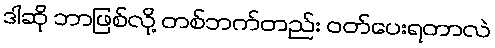
ဒါဆို ဘာဖြစ်လို့ တစ်ဘက်တည်း ဝတ်ပေးရတာလဲ